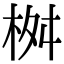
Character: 桝